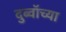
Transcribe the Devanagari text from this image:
दुब्वॉच्या